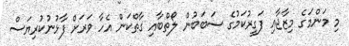
މި މަންމަގެ މިޒާޖާއި ފަގީރުކަމުގެ ސަބަބުން ލޯތްބާއި ގާތްކަން އެހާ ވަރަށް ފާޅުނުކުރިޔަސް